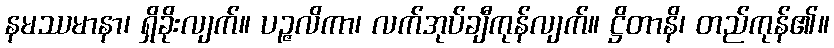
နမဿမာနာ၊ ရှိခိုးလျက်။ ပဉ္ဇလိကာ၊ လက်အုပ်ချီကုန်လျက်။ ဋ္ဌိတာနိ၊ တည်ကုန်၏။